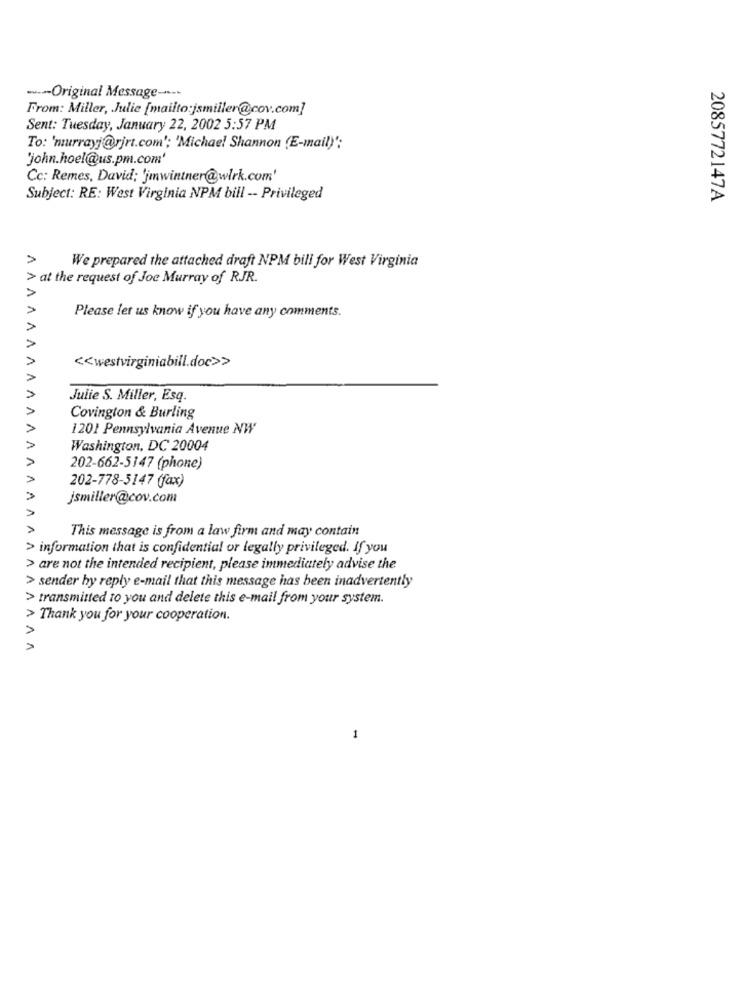
---- Original Message ----
From: Miller, Julie [mailto:jsmiller@cov.com]
Sent: Tuesday, January 22, 2002 5:57 PM
To: 'murrayj@rjrt.com'; 'Michael Shannon (E-mail)":
"john.hoel@us.pm.com'
Cc: Remes, David; 'jmwintner@wlrk.com'
Subject: RE: West Virginia NPM bill -- Privileged
2085772147A
We prepared the attached draft NPM bill for West Virginia
> at the request of Joe Murray of RJR.
AAA
Please let us know if you have any comments.
<< westvirginiabill.doc>>
Julie S. Miller, Esq.
Covington & Burling
1201 Pennsylvania Avenue NW
Washington, DC 20004
202-662-5147 (phone)
202-778-5147 (fax)
jsmiller@cov.com
This message is from a law firm and may contain
> information that is confidential or legally privileged. If you
> are not the intended recipient, please immediately advise the
> sender by reply e-mail that this message has been inadvertently
> transmitted to you and delete this e-mail from your system.
> Thank you for your cooperation.
AAA
1